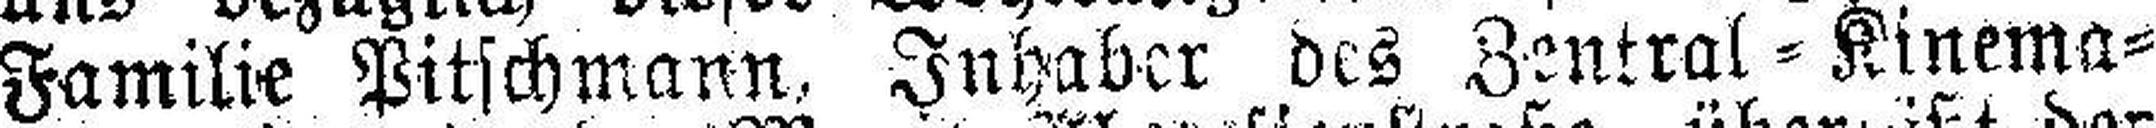
Familie Pitschmann, Inhaber des Zentral=Kinema¬